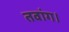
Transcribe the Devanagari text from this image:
तवांग।